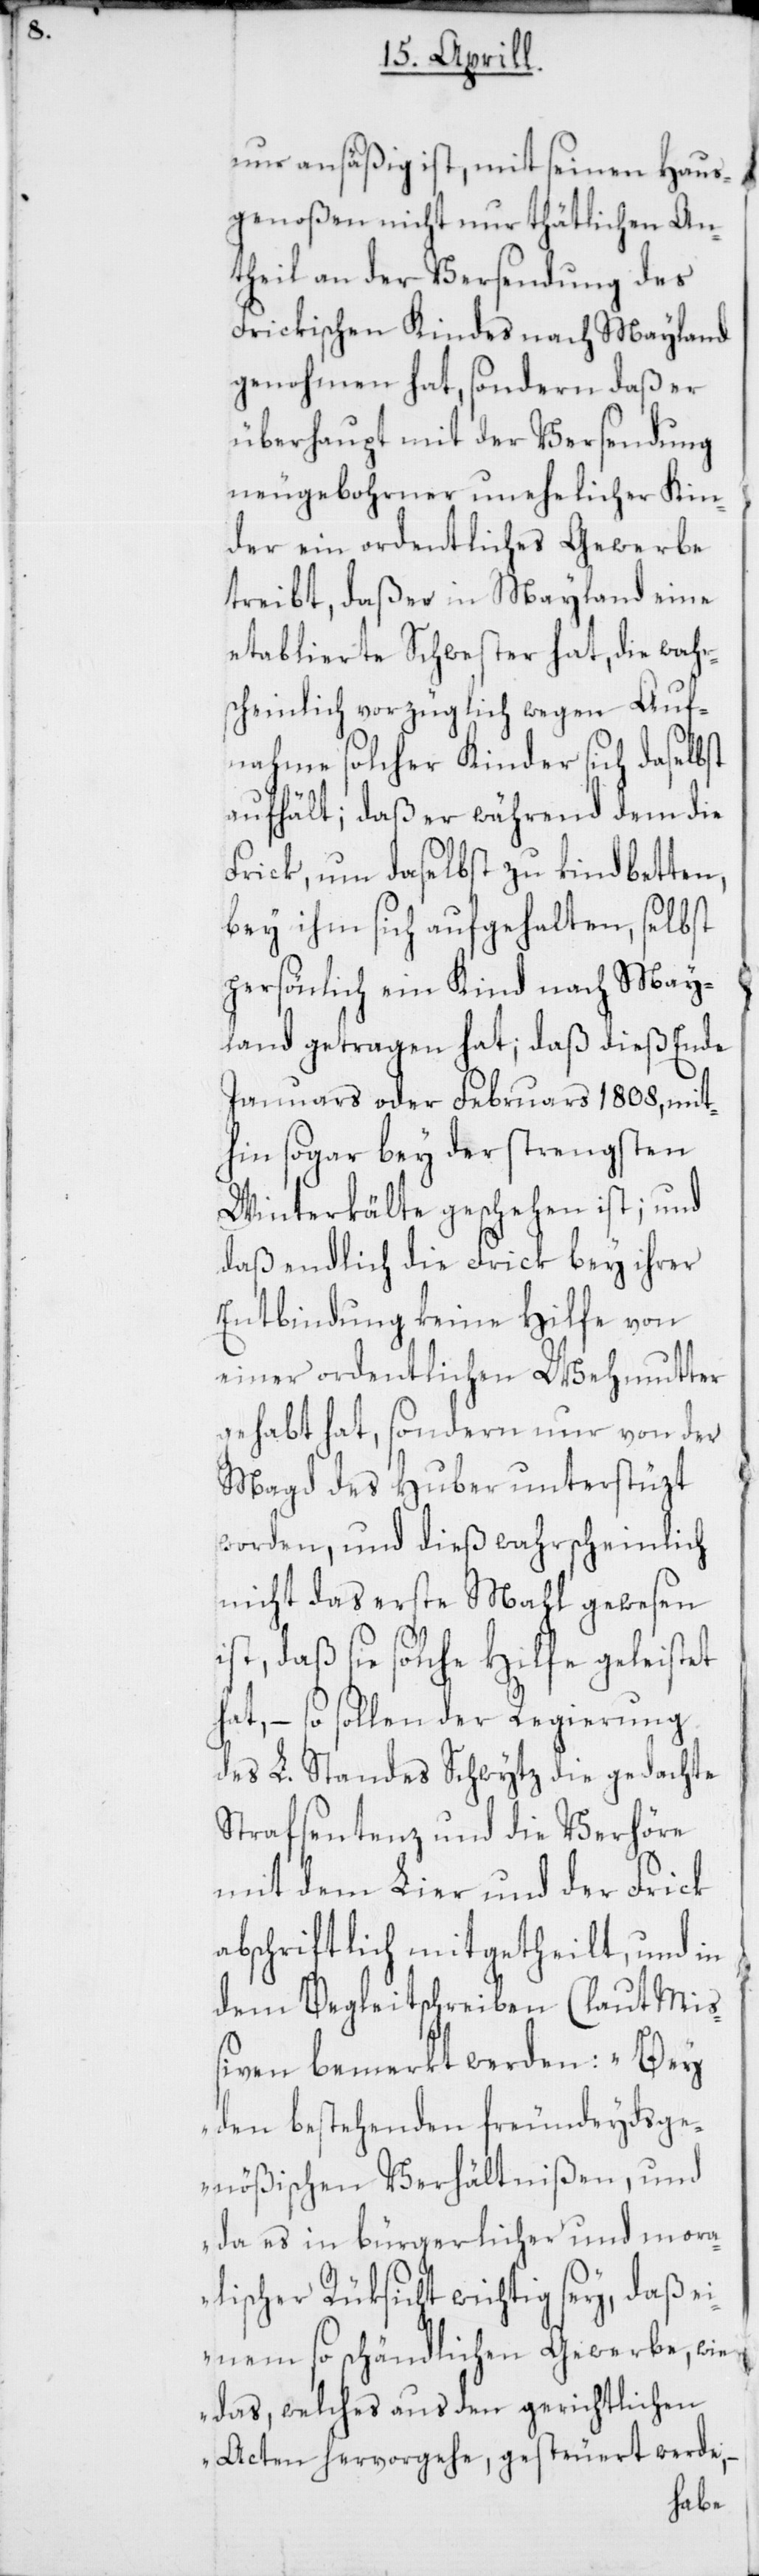
nur ansäßig ist, mit seinen Haus¬
genoßen nicht nur thätlichen An¬
theil an der Versendung des
Frickischen Kindes nach Mayland
genohmen hat, sondern daß er
überhaupt mit der Versendung
neu gebohrner unehelicher Kin¬
der ein ordentliches Gewerbe
treibt, daß er in Mayland eine
etablierte Schwester hat, die wahr¬
scheinlich vorzüglich wegen Auf¬
nahme solcher Kinder sich daselbst
aufhält; daß er während dem die
Frick, um daselbst zu kindbetten,
bey ihm sich aufgehalten, selbst
persönlich ein Kind nach May¬
land getragen hat; daß dies Ende
Januars oder Februars 1808, mit
hin sogar bey der strengsten
Winterkälte geschehen ist; und
daß endlich die Frick bey ihrer
Entbindung keine Hilfe von
einer ordentlichen Wehmutter
gehabt hat, sondern nur von der
Magd des Huber unterstüzt
worden, und dieß wahrscheinlich
nicht das erste Mahl gewesen
ist, daß sie solche Hilfe geleistet
hat, – so sollen der Regierung
des L. Standes Schwytz die gedachte
Strafsentenz und die Verhöre
mit dem Lier und der Frick
abschriftlich mitgetheilt, und in
dem Begleitschreiben (laut Mi¬
ßiven) bemerkt werden: „Bey
den bestehenden freundeydsge¬
nößischen Verhältnißen, und
da es in bürgerlicher und mora¬
lischer Rüksicht wichtig sey, daß e¬
inem so schändlichen Gewerbe, wie
das, welches aus den gerichtlichen
ert werde,
Acten hervorgehe, ges¬
teu¬